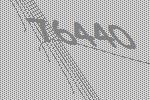
76440